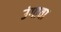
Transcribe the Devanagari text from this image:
उंगावा